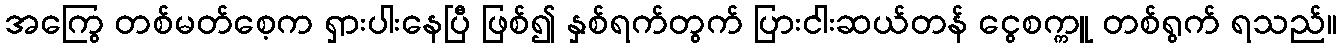
အကြွေ တစ်မတ်စေ့က ရှားပါးနေပြီ ဖြစ်၍ နှစ်ရက်တွက် ပြားငါးဆယ်တန် ငွေစက္ကူ တစ်ရွက် ရသည်။